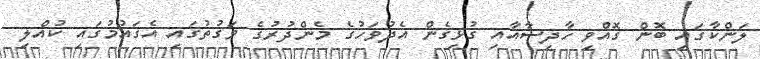
ލަންކާގައި ބޮން ގޮއްވި ހާދިސާއާއި ގުޅިގެން އެދުވަހުގެ މެންދުރުގެ ވަގުތުގައި އެގައުމުގައި ކުއްލި